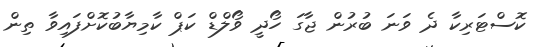
ކޮސްޓަރިކާ ދެ ވަނަ ބުރުން ޖާގަ ހޯދީ ވޯލްޑް ކަޕް ކާމިޔާބުކޮށްފައިވާ ތިން